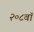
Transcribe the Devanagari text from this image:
२०८वॉ